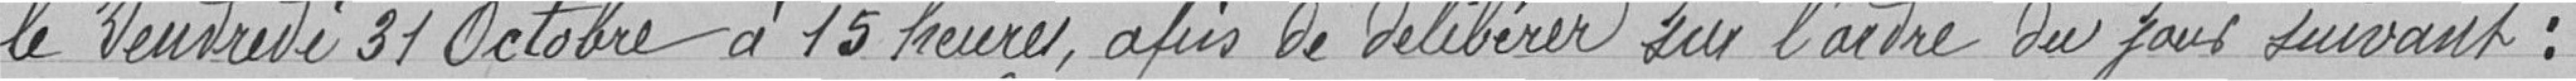
le vendredi 31 octobre à 15 heures, afin de délibérer sur l'ordre du jour suivant :